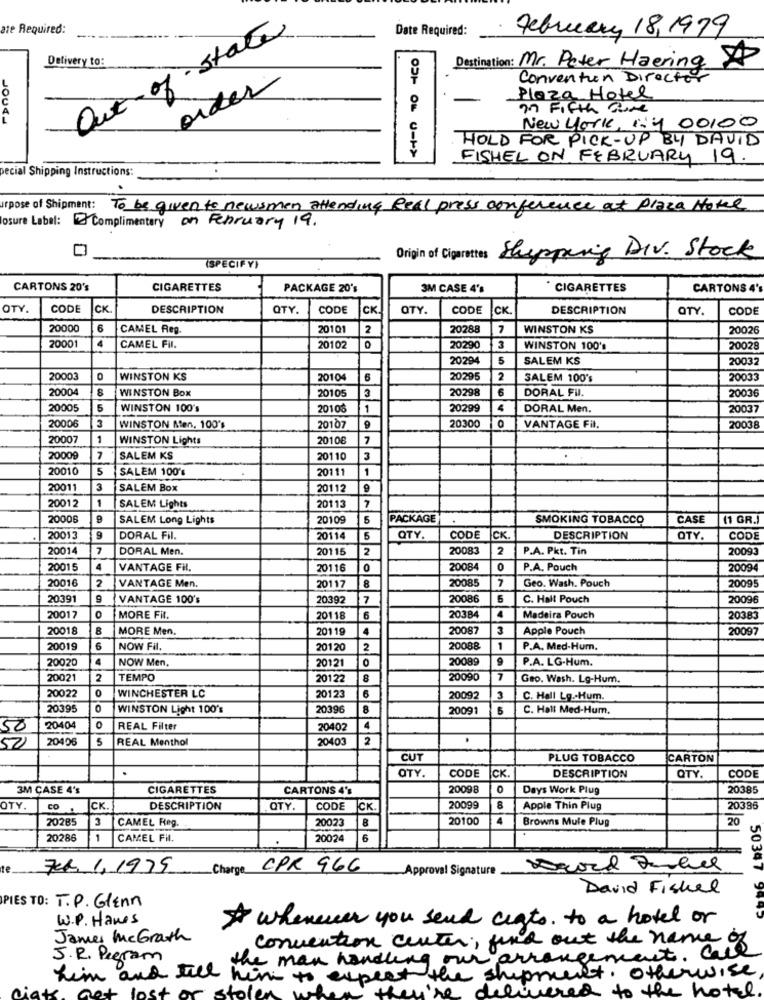
ate Required:
Date Required:
Out of state
February 18,1979
Delivery to:
Destination: Mr. Peter Haering 8
Convention Director
order
Plaza Hotel
in Fifth Bore
JOUR-
New york, 1:4 00100
HOLD FOR PICK-UP BY DAVID
FISHEL ON FEBRUARY 19.
pecial Shipping Instructions:
.
arpose of Shipment:
To be given to newsmen attending Real press conference at plaza Hotel
osure Label: Complimentary on February 19.
Origin of Cigarettes
Shipping DIV. Stock
(SPECIFY)
CARTONS 20's
CIGARETTES
PACKAGE 20's
3M CASE 4's
* CIGARETTES
CARTONS 4'
OTY.
CODE
CK
DESCRIPTION
QTY.
CODE
CK
OTY.
CODE
CK.
DESCRIPTION
OTY.
CODE
20000
6
CAMEL Reg.
20101
2
20288
7
WINSTON KS
20026
20001
4
CAMEL Fil.
20102
20290
3
WINSTON 100's
20028
20294
5
SALEM KS
20032
20003
WINSTON KS
20104
2029
2
SALEM 100's
20033
20004
WINSTON Box
20105
3
70298
6
DORAL FII.
20030
20005
5
WINSTON 100's
20106
1
20299
DORAL Men.
20037
3
0
20006
WINSTON Men, 100's
20107
9
20300
VANTAGE Fil.
20038
20007
1
WINSTON Lights
20108
7
20009
7
SALEM KS
20110
3
20010
5
SALEM 100's
20111
1
20011
3
SALEM Box
20112
9
1
20012
SALEM Lights
20113
20006
SALEM Long Lights
20109
5
PACKAGE
SMOKING TOBACCO
CASE
(1 GR.
20013
DORAL Fil.
20114
5
QTY
CODE
ск.
DESCRIPTION
OTY.
CODE
20014
7
DORAL Men.
20115
2
20083
2
P.A. Pkt. Tin
20093
20015
4
VANTAGE Fil.
20116
0
20084
0
P.A. Pouch
20094
20016
VANTAGE Men.
20085
7
Geo. Wash. Pouch
20095
20117
8
20391
VANTAGE 100's
20392
7
20086
C. Halt Pouch
20096
20017
MORE Fit.
20118
6
20384
4
Madeira Pouch
20383
20018
MORE Men.
201 19
4
20087
Apple Pouch
20097
20019
6
NOW Fil.
20120
2
20088
1
P.A. Med-Hum.
20020
4
NOW Men.
0
20089
9
P.A. LG-Hum.
20121
20021
2
TEMPO
20122
8
20090
7
Geo. Wash. Lg-Hum.
0
WINCHESTER LC
20022
20123
6
20092
3
C. Hall Lg .- Hum.
20395
WINSTON Light 100's
20396
8
2009
C. Hall Med-Hum.
50
20404
REAL Filter
20402
4
20406
5
REAL Menthol
20403
2
50
CUT
PLUG TOBACCO
CARTON
.
OTY.
CODE
ICK.
DESCRIPTION
QTY.
CODE
3M CASE 4's
CIGARETTES
CARTONS 4's
20098
Days Work Plug
20385
OTY.
CO
CK
DESCRIPTION
OTY.
CODE
CK
20099
8
Apple Thin Plug
20386
20285
3
CAMEL Reg.
20023
8
20100
4
Browns Mule Plug
20
20286
1
CAMEL FII.
20024
6
te
74. 1,1975
Charge
CPR 966
Approval Signature
David Fishel
PIES TO: T.P. Glenn
50347 949
W.P. Hanes
whenever you send cegts. to a hotel or
James McGrath
convention center, find out the name
J.R. Pigram
the man handling our arrangement.
him and till him to expect the shipment. otherwise
stole
wire
delivered to the hotel.